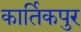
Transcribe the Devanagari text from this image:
कार्तिकपुर